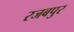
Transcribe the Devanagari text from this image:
रजबपुर